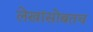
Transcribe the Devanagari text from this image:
लेखांसोबतच